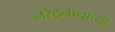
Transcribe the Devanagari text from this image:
नरेंद्रनाथाच्या